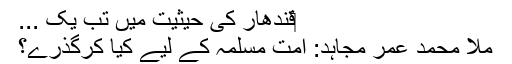
‏قندھار کی حیثیت میں تب یک ...
ملا محمد عمر مجاہد: امت مسلمہ کے لیے کیا کرگذرے؟